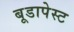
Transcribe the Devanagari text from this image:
बूडापेस्ट